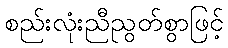
စည်းလုံးညီညွတ်စွာဖြင့်